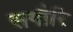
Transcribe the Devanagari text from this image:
सगौरि